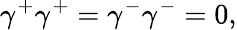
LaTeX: {\gamma}^{+}{\gamma}^{+}={\gamma}^{-}{\gamma}^{-}=0,